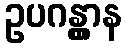
ဥပဂန္တွာန